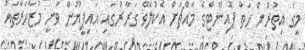
މީގެ އިތުރުން ހަތް ޕޮއިންޓްގެ މައްޗަށް އެކުލެވޭ ގަރާރުގައި އައިޕީޔޫން ވަނީ މުޒާހަރާތައް